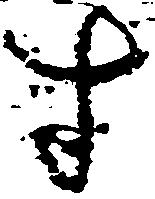
寸